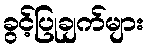
ခွင့်ပြုချက်များ